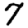
Digit: 7